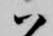
ハ